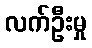
လက်ဦးမှု